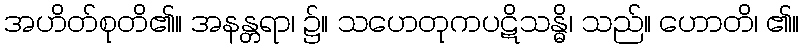
အဟိတ်စုတိ၏။ အနန္တရာ၊ ၌။ သဟေတုကပဋိသန္ဓိ၊ သည်။ ဟောတိ၊ ၏။